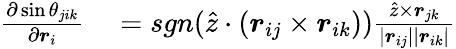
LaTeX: \begin{array}{rl}{\frac{\partial\sin\theta_{jik}}{\partial\boldsymbol{r}_{i}}}&{{}=sgn(\hat{z}\cdot(\boldsymbol{r}_{ij}\times\boldsymbol{r}_{ik}))\frac{\hat{z}\times\boldsymbol{r}_{jk}}{|\boldsymbol{r}_{ij}||\boldsymbol{r}_{ik}|}}\end{array}